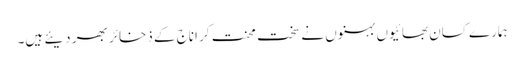
ہمارے کسان بھائیوں بہنوں نے سخت محنت کر اناج کے ذخائر بھر دیئے ہیں۔